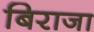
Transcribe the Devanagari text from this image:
बिराजा